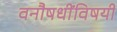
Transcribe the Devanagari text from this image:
वनौषधींविषयी